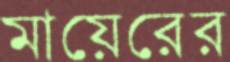
মায়েরের